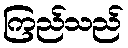
ကြည်သည်